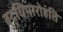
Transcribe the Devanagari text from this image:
बुद्धिमारोहंति